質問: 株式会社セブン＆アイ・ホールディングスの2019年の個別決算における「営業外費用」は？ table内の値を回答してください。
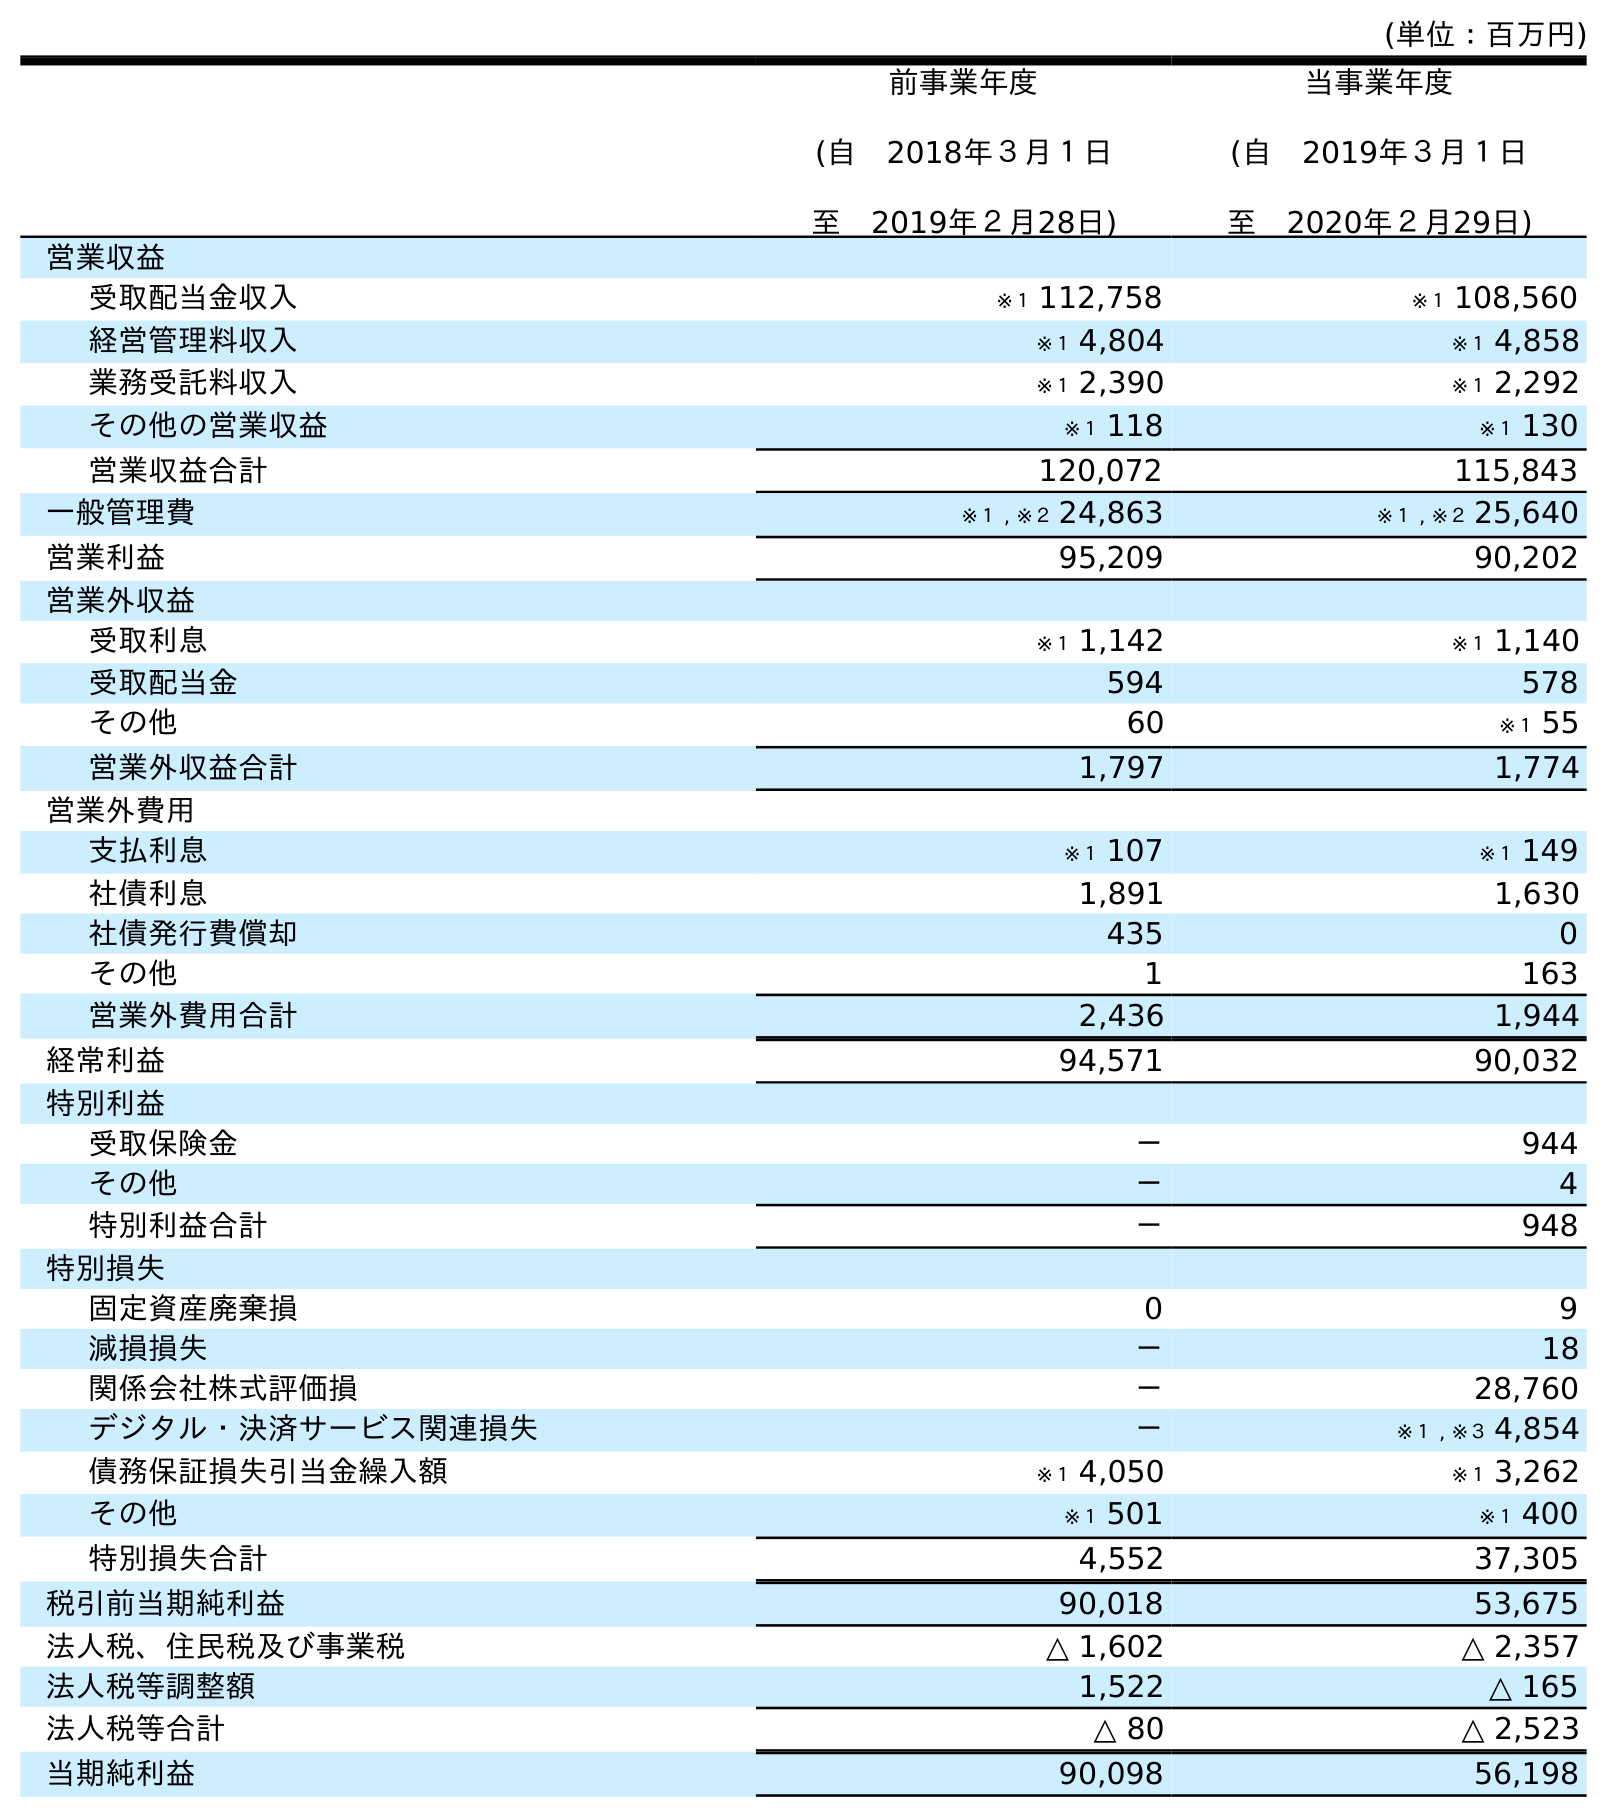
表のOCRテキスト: (単位：百万円) 前事業年度 (自 2018年３月１日 至 2019年２月28日) 当事業年度 (自 2019年３月１日 至 2020年２月29日) 営業収益 受取配当金収入 ※１ 112,758 ※１ 108,560 経営管理料収入 ※１ 4,804 ※１ 4,858 業務受託料収入 ※１ 2,390 ※１ 2,292 その他の営業収益 ※１ 118 ※１ 130 営業収益合計 120,072 115,843 一般管理費 ※１ , ※２ 24,863 ※１ , ※２ 25,640 営業利益 95,209 90,202 営業外収益 受取利息 ※１ 1,142 ※１ 1,140 受取配当金 594 578 その他 60 ※１ 55 営業外収益合計 1,797 1,774 営業外費用 支払利息 ※１ 107 ※１ 149 社債利息 1,891 1,630 社債発行費償却 435 0 その他 1 163 営業外費用合計 2,436 1,944 経常利益 94,571 90,032 特別利益 受取保険金 － 944 その他 － 4 特別利益合計 － 948 特別損失 固定資産廃棄損 0 9 減損損失 － 18 関係会社株式評価損 － 28,760 デジタル・決済サービス関連損失 － ※１ , ※３ 4,854 債務保証損失引当金繰入額 ※１ 4,050 ※１ 3,262 その他 ※１ 501 ※１ 400 特別損失合計 4,552 37,305 税引前当期純利益 90,018 53,675 法人税、住民税及び事業税 △ 1,602 △ 2,357 法人税等調整額 1,522 △ 165 法人税等合計 △ 80 △ 2,523 当期純利益 90,098 56,198
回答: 2,436